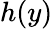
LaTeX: h(y)